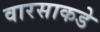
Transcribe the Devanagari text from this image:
वारसाकडे